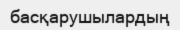
басқарушылардың